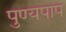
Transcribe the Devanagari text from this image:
पुण्यपाप